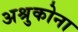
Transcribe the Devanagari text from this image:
अश्रुकोना